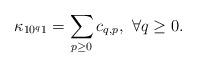
LaTeX: \begin{align*}\kappa _{10^q1}=\sum _{p\geq 0}c_{q,p},~\forall q\geq 0.\end{align*}